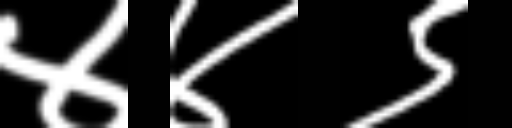
Text: ४४९